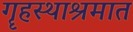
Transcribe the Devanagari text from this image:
गॄहस्थाश्रमात